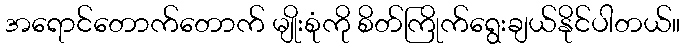
အရောင်တောက်တောက် မျိုးစုံကို စိတ်ကြိုက်ရွေးချယ်နိုင်ပါတယ်။